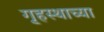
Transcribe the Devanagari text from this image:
गृ्हस्थाच्या